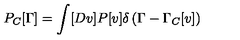
P _ { C } [ \Gamma ] = \int [ D v ] P [ v ] \delta \left( \Gamma - \Gamma _ { C } [ v ] \right)